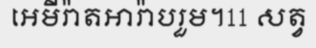
អេមីរ៉ាតអារ៉ាបរួម។11 សត្វ